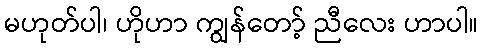
မဟုတ်ပါ၊ ဟိုဟာ ကျွန်တော့် ညီလေး ဟာပါ။